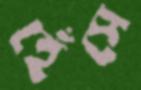
হেঁসে